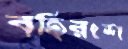
বহিরংশ